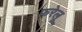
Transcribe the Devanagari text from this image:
फरेलू